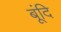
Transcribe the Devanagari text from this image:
बूंदि